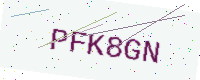
Text: PFK8GN